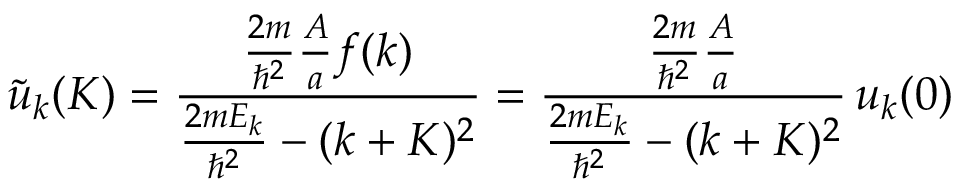
{ \tilde { u } } _ { k } ( K ) = { \frac { { \frac { 2 m } { \hbar ^ { 2 } } } { \frac { A } { a } } f ( k ) } { { \frac { 2 m E _ { k } } { \hbar ^ { 2 } } } - ( k + K ) ^ { 2 } } } = { \frac { { \frac { 2 m } { \hbar ^ { 2 } } } { \frac { A } { a } } } { { \frac { 2 m E _ { k } } { \hbar ^ { 2 } } } - ( k + K ) ^ { 2 } } } \, u _ { k } ( 0 )